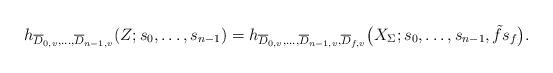
LaTeX: \begin{align*}h_{\overline{D}_{0,v},\dots,\overline{D}_{n-1,v}}(Z;s_0,\dots,s_{n-1})=h_{\overline{D}_{0,v},\dots,\overline{D}_{n-1,v},\overline{D}_{f,v}}\big(X_\Sigma;s_0,\dots,s_{n-1},\tilde{f}s_f\big).\end{align*}